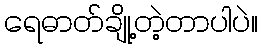
ရေဓာတ်ချို့တဲ့တာပါပဲ။